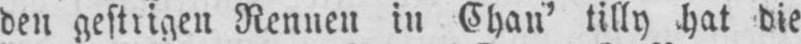
in Chan’ tilly hat die